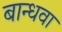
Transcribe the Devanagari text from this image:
बान्धवा